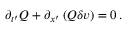
\partial _ { t ^ { \prime } } Q + \partial _ { x ^ { \prime } } \left( Q \delta v \right) = 0 \, .